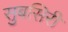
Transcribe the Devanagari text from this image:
सुबसिरी